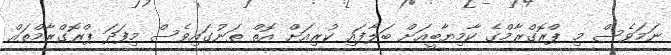
ނަމަވެސް މި ޕްރޮގްރާމްގެ ކާމިޔާބީއަށް ބަލާފައި ކުރިއަށް އޮތް ތަނުގައިވެސް މިފަދަ ޕްރޮގްރާމްތައް